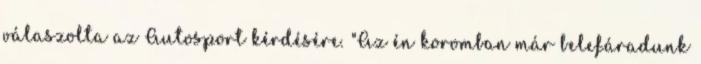
válaszolta az Autosport kérdésére. "Az én koromban már belefáradunk